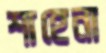
শাহেনা